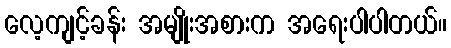
လေ့ကျင့်ခန်း အမျိုးအစားက အရေးပါပါတယ်။